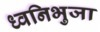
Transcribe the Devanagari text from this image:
ध्वनिभुजा